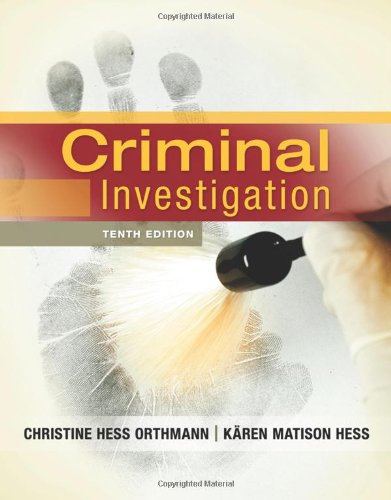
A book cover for Criminal Investigation; Christine Hess Orthmann; Education & Teaching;